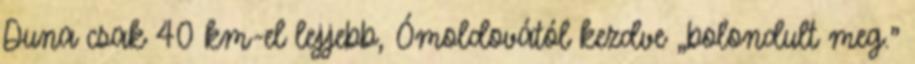
Duna csak 40 km-el lejjebb, Ómoldovától kezdve „bolondult meg.”